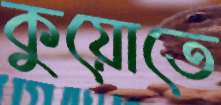
কুয়োতে